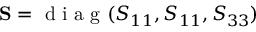
\mathbf { S } = \mathrm { ~ d ~ i ~ a ~ g ~ } ( S _ { 1 1 } , S _ { 1 1 } , S _ { 3 3 } )